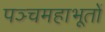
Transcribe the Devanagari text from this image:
पञ्चमहाभूतों